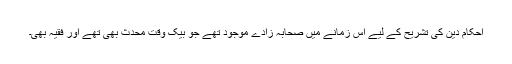
احکام دین کی تشریح کے لیے اس زمانے میں صحابہ زادے موجود تھے جو بیک وقت محدث بھی تھے اور فقیہ بھی۔